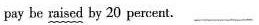
pay be raised by 20 percent. ____